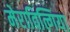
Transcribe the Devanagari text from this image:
मेराविल्गिया